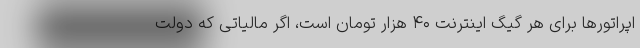
اپراتورها برای هر گیگ اینترنت ۴۰ هزار تومان است، اگر مالیاتی که دولت